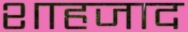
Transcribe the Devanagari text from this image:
शाहजाद